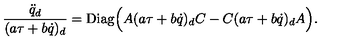
{ \frac { { \ddot { q } } _ { d } } { ( a \tau + b \dot { q } ) _ { d } } } = \mathrm { D i a g } \Big ( A ( a \tau + b \dot { q } ) _ { d } C - C ( a \tau + b \dot { q } ) _ { d } A \Big ) .